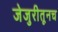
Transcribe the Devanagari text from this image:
जेजुरीतूनच